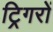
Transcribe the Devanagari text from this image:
ट्रिगरों